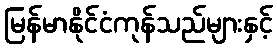
မြန်မာနိုင်ငံကုန်သည်များနှင့်